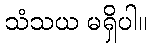
သံသယ မရှိပါ။